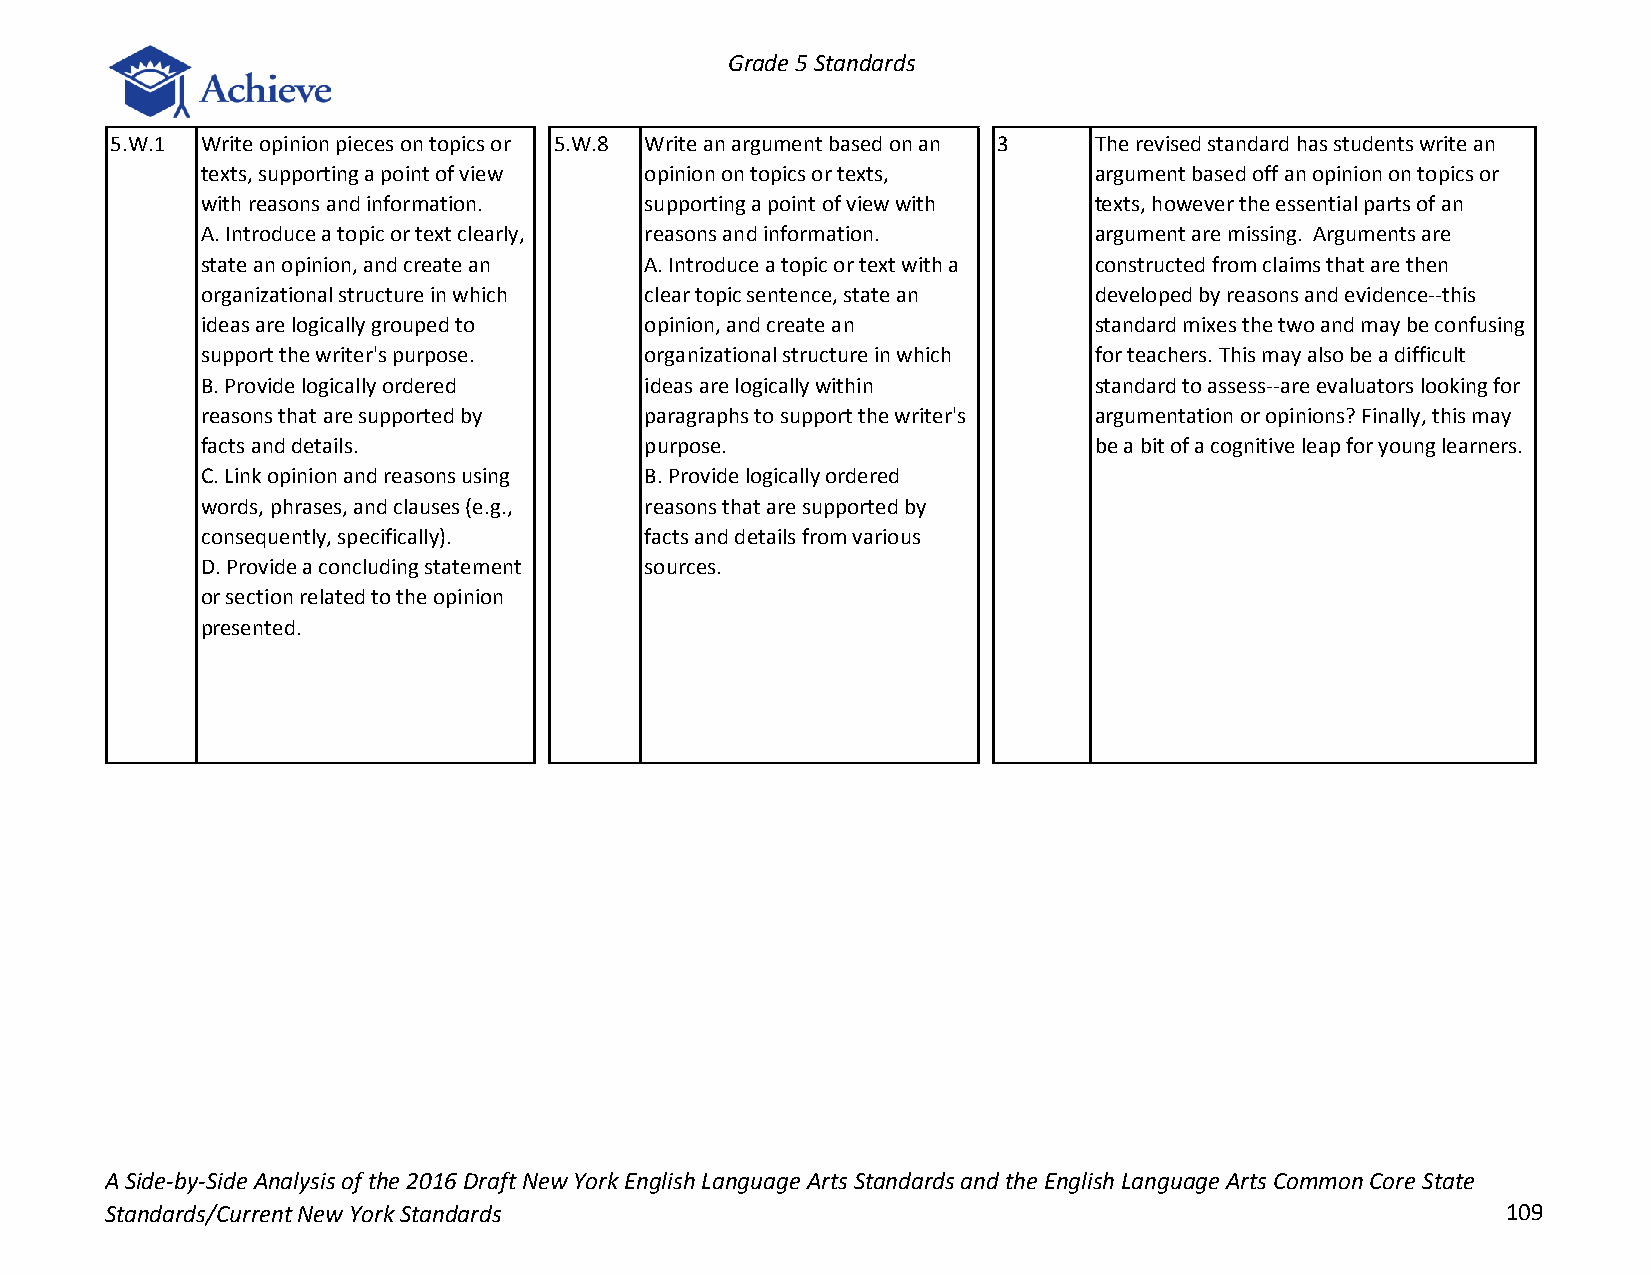
Grade 5 Standards
 5.W.1 Write opinion pieces on topics or 5.W.8 Write an argument based on an 3 The revised standard has students write an
 texts, supporting a point of view opinion on topics or texts, argument based off an opinion on topics or
 with reasons and information. supporting a point of view with texts, however the essential parts of an
 A. Introduce a topic or text clearly, reasons and information. argument are missing. Arguments are
 state an opinion, and create an A. Introduce a topic or text with a constructed from claims that are then
 organizational structure in which clear topic sentence, state an developed by reasons and evidence--this
 ideas are logically grouped to opinion, and create an      standard mixes the two and may be confusing
 support the writer's purpose. organizational structure in which for teachers. This may also be a difficult
 B. Provide logically ordered  ideas are logically within   standard to assess--are evaluators looking for
 reasons that are supported by paragraphs to support the writer's argumentation or opinions? Finally, this may
 facts and details.            purpose.                     be a bit of a cognitive leap for young learners.
 C. Link opinion and reasons using B. Provide logically ordered
 words, phrases, and clauses (e.g., reasons that are supported by
 consequently, specifically).  facts and details from various
 D. Provide a concluding statement sources.
 or section related to the opinion
 presented.
 A Side-by-Side Analysis of the 2016 Draft New York English Language Arts Standards and the English Language Arts Common Core State
 Standards/Current New York Standards                                                         109